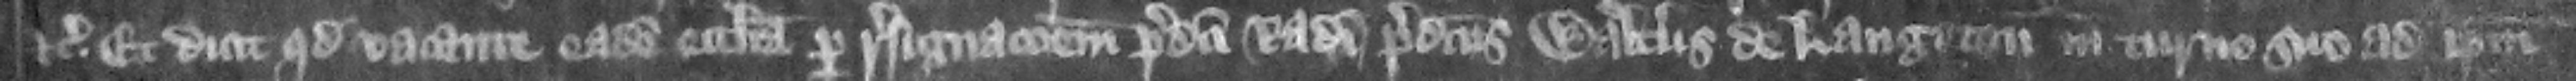
etc. Et dicit quod vacante eadem ecclesia per resignacionem predicti Radulfi predicts Walterus de Langton in turno suo ad ipsum